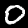
Digit: 0